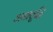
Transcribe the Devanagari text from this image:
अद्यावृद्धि